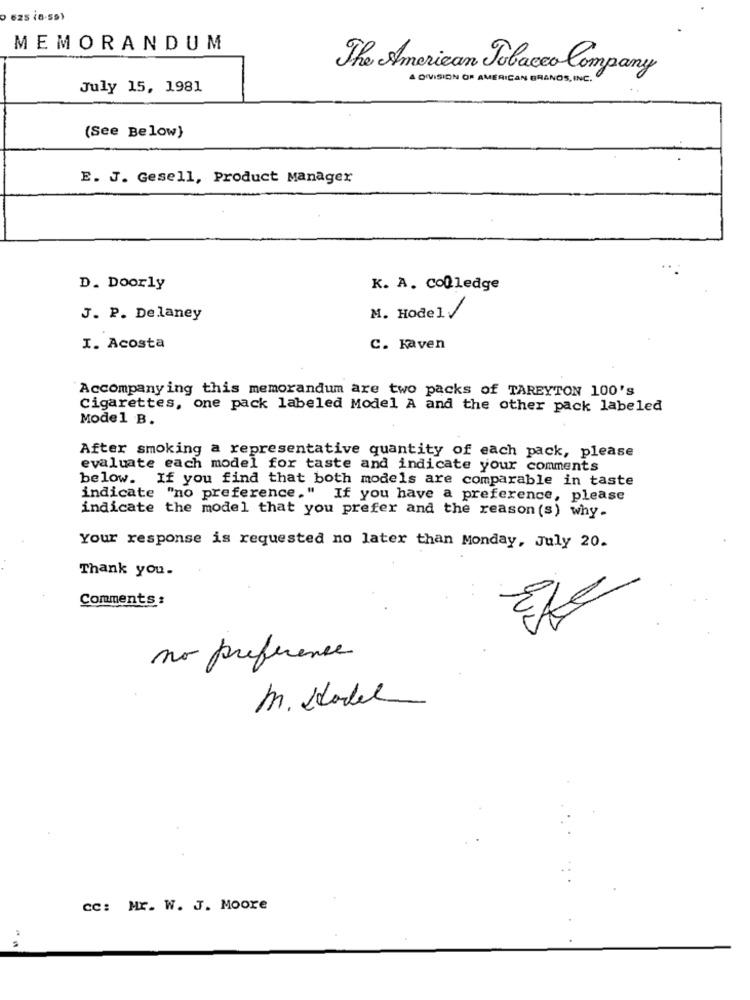
MEMORANDUM
The American Tobacco Company
A DIVISION OF AMERICAN BRANDS, INC.
July 15, 1981
(See Below)
E. J. Gesell, Product Manager
..
D. Doorly
K. A. Colledge
J. P. Delaney
M. Hodel/
I. Acosta
C. Kaven
Accompanying this memorandum are two packs of TAREYTON 100'S
Cigarettes, one pack labeled Model A and the other pack labeled
Model B.
After smoking a representative quantity of each pack, please
evaluate each model for taste and indicate your comments
below. If you find that both models are comparable in taste
indicate "no preference." If you have a preference, please
indicate the model that you prefer and the reason (s) why.
Your response is requested no later than Monday, July 20.
Thank you.
Comments :
no preference
M. Sodel
CC: Mr. W. J. Moore